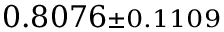
0 . 8 0 7 6 { \scriptstyle \pm 0 . 1 1 0 9 }